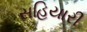
સહિયારી